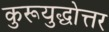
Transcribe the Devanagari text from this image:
कुरूयुद्धोत्तर